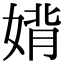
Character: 𫱉